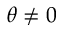
\theta \neq 0